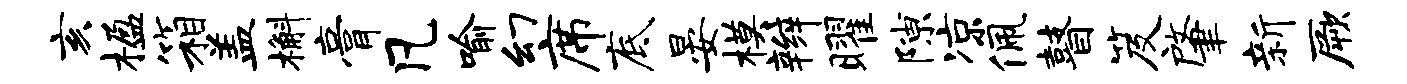
亥楹箱盖槲膏凡喻幻席底晏模辫曜隙凉佩瞽笈肇新厥